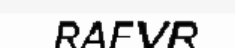
RAFVR